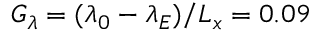
G _ { \lambda } = ( \lambda _ { 0 } - \lambda _ { E } ) / L _ { x } = 0 . 0 9